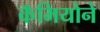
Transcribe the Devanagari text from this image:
कॅमियोने